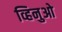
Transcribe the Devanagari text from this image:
व्हिनुओ